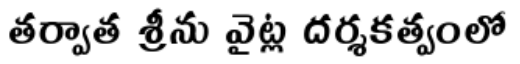
తర్వాత శ్రీను వైట్ల దర్శకత్వంలో